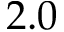
2 . 0